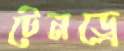
টেনড্রে